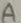
Text: A